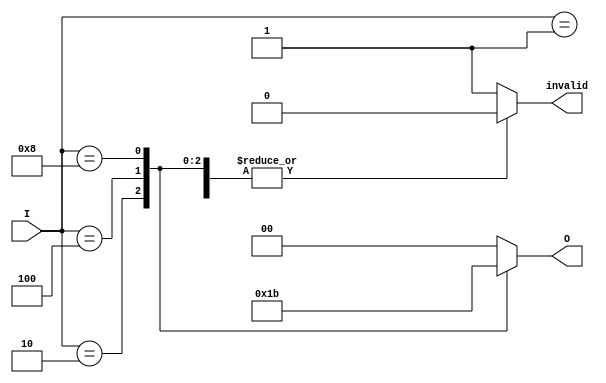
module binary_encoder (
    input wire [3:0] I,    // 4 input lines
    output reg [1:0] O,    // 2 output lines
    output reg invalid      // Output to indicate invalid state
);

    always @(*) begin
        // Default values
        O = 2'b00;
        invalid = 1'b0;

        // Check for active inputs
        case (I)
            4'b0001: O = 2'b00; // I0 active
            4'b0010: O = 2'b01; // I1 active
            4'b0100: O = 2'b10; // I2 active
            4'b1000: O = 2'b11; // I3 active
            4'b0000: invalid = 1'b1; // No input active
            default: invalid = 1'b1; // More than one input active (invalid)
        endcase
    end

endmodule